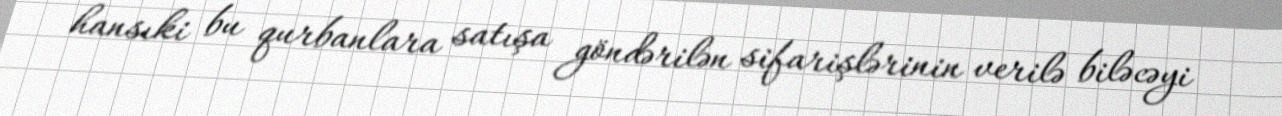
hansıki bu qurbanlara satışa göndərilən sifarişlərinin verilə biləcəyi